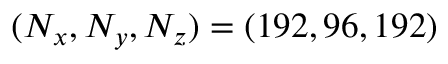
( N _ { x } , N _ { y } , N _ { z } ) = ( 1 9 2 , 9 6 , 1 9 2 )